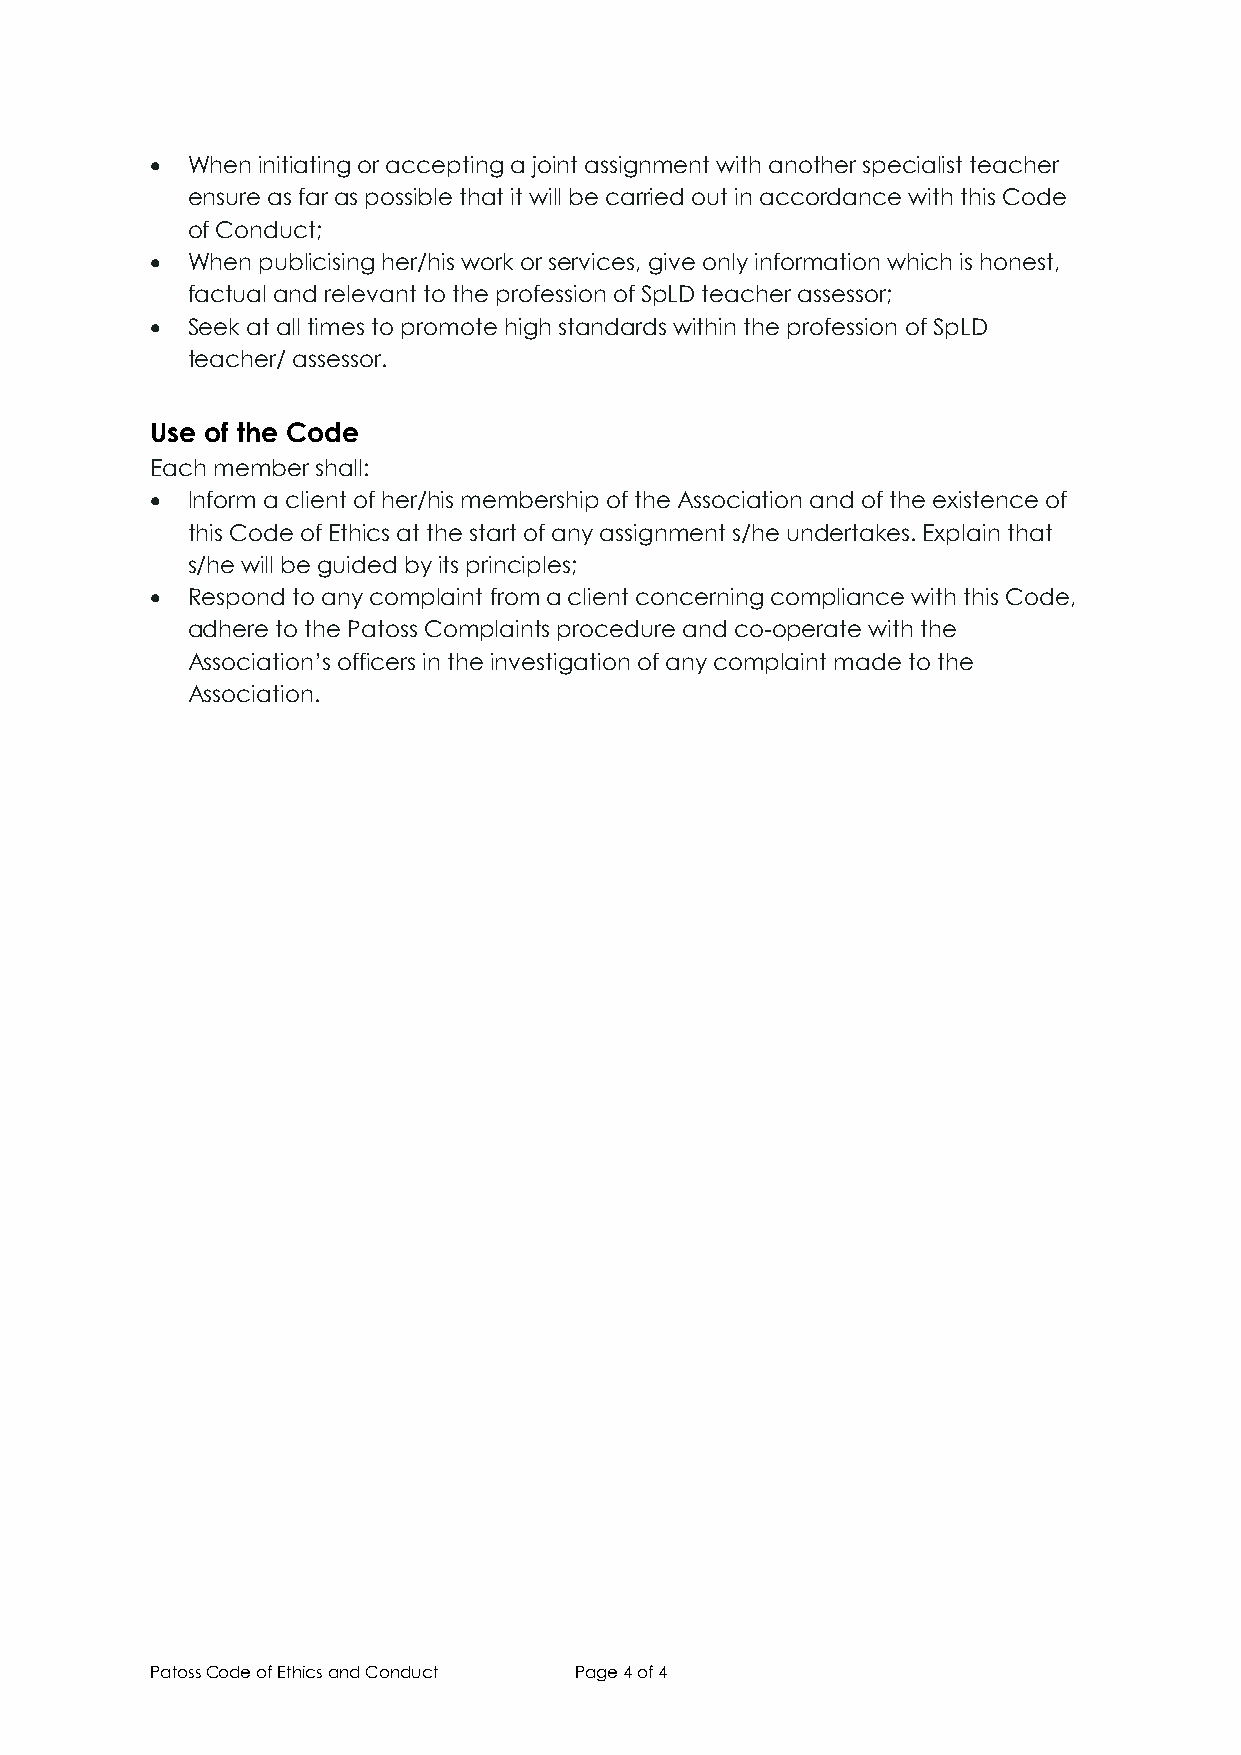
• When initiating or accepting a joint assignment with another specialist teacher
 ensure as far as possible that it will be carried out in accordance with this Code
 of Conduct;
 • When publicising her/his work or services, give only information which is honest,
 factual and relevant to the profession of SpLD teacher assessor;
 • Seek at all times to promote high standards within the profession of SpLD
 teacher/ assessor.
 Use of the Code
 Each member shall:
 • Inform a client of her/his membership of the Association and of the existence of
 this Code of Ethics at the start of any assignment s/he undertakes. Explain that
 s/he will be guided by its principles;
 • Respond to any complaint from a client concerning compliance with this Code,
 adhere to the Patoss Complaints procedure and co-operate with the
 Association’s officers in the investigation of any complaint made to the
 Association.
 Patoss Code of Ethics and Conduct Page 4 of 4